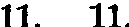
11. 11.